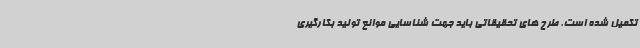
تکمیل شده است. طرح های تحقیقاتی باید جهت شناسایی موانع تولید بکارگیری